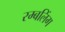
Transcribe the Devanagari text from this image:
रम्बलिंग